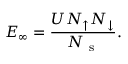
E _ { \infty } = \frac { U N _ { \uparrow } N _ { \downarrow } } { N _ { \mathrm { ~ s ~ } } } .